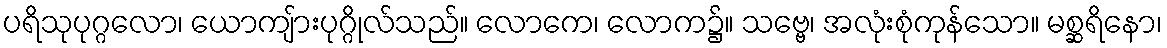
ပရိသုပုဂ္ဂလော၊ ယောကျ်ားပုဂ္ဂိုလ်သည်။ လောကေ၊ လောက၌။ သဗ္ဗေ၊ အလုံးစုံကုန်သော။ မစ္ဆရိနော၊